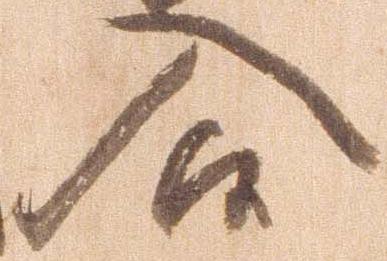
入